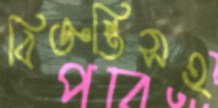
বিজ্ঞপ্তিসহ